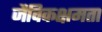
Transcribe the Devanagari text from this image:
जैविकक्षमता